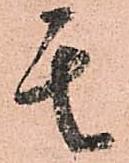
其